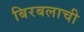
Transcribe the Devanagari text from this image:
बिरबलाची